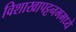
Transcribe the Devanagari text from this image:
विशाखापट्टनममध्ये